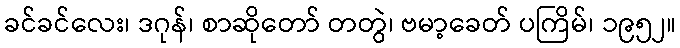
ခင်ခင်လေး၊ ဒဂုန်၊ စာဆိုတော် တတွဲ၊ ဗမာ့ခေတ် ပကြိမ်၊ ၁၉၅၂။